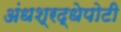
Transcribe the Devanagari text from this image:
अंधश्रद्धेपोटी